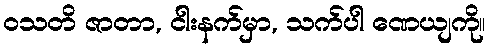
ဝသတိ ဇာတာ, ငါးနက်မှာ, သက်ပါ ဏေယျကို။